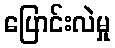
ပြောင်းလဲမှု